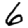
Digit: 6